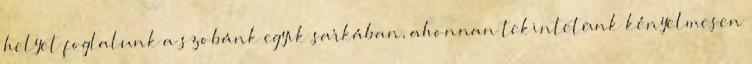
helyet foglalunk a szobánk egyik sarkában, ahonnan tekintetünk kényelmesen